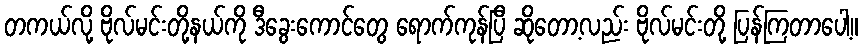
တကယ်လို့ ဗိုလ်မင်းတို့နယ်ကို ဒီခွေးကောင်တွေ ရောက်ကုန်ပြီ ဆိုတော့လည်း ဗိုလ်မင်းတို့ ပြန်ကြတာပေါ့။